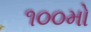
૧૦૦મો